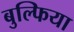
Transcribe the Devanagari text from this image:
बुल्फिया